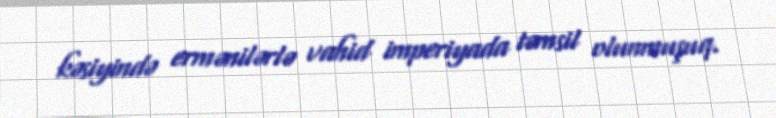
kəsiyində ermənilərlə vahid imperiyada təmsil olunmuşuq.